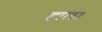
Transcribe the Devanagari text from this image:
हाल।